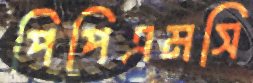
পিপিএমসি